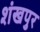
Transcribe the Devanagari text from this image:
शंखपुर